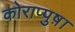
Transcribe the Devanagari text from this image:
कोराप्पुष़ा